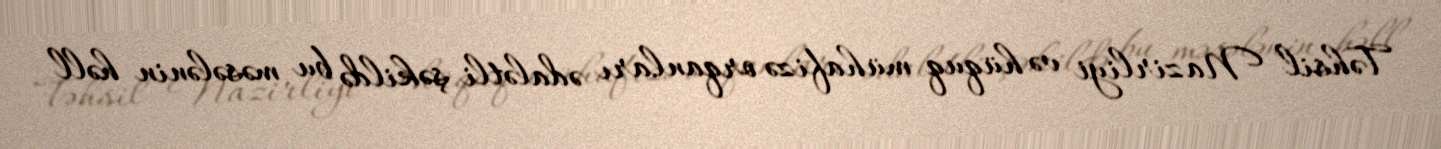
Təhsil Nazirliyi və hüquq mühafizə orqanları ədalətli şəkildə bu məsələnin həll